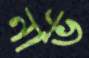
নার্ভ